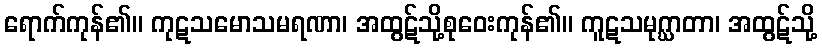
ရောက်ကုန်၏။ ကုဋသမောသမရဏာ၊ အထွဋ်သို့စုဝေးကုန်၏။ ကူဋသမုဂ္ဃာတာ၊ အထွဋ်သို့